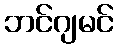
ဘင်ဂျမင်